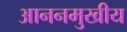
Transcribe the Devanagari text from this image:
आननमुखीय